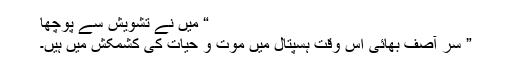
“ میں نے تشویش سے پوچھا
” سر آصف بھائی اس وقت ہسپتال میں موت و حیات کی کشمکش میں ہیں۔